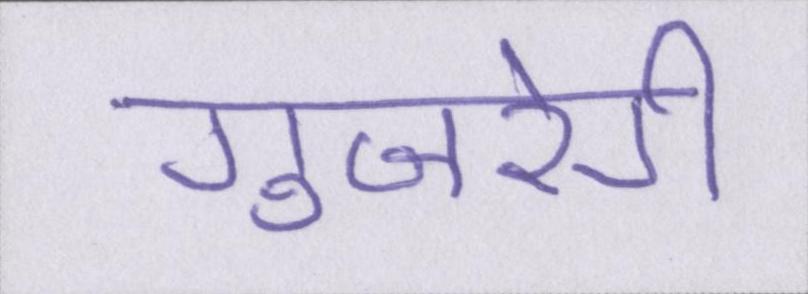
गुजरेगी